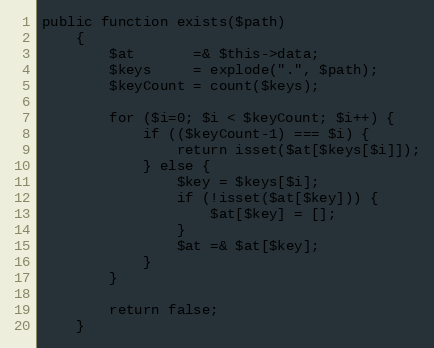
Language: PHP
public function exists($path)
	{
        $at       =& $this->data;
        $keys     = explode(".", $path);
        $keyCount = count($keys);

        for ($i=0; $i < $keyCount; $i++) {
            if (($keyCount-1) === $i) {
                return isset($at[$keys[$i]]);
            } else {
                $key = $keys[$i];
                if (!isset($at[$key])) {
                    $at[$key] = [];
                }
                $at =& $at[$key];
            }
        }

        return false;
	}